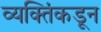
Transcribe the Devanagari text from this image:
व्यक्तिंकडून